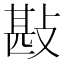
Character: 㪛